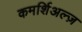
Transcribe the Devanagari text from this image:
कमर्शिअल्ज़